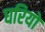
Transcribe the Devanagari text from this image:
घरियों